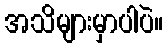
အသိများမှာပါပဲ။